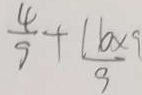
\frac { 4 } { 9 } + \frac { 1 6 \times 9 } { 9 }